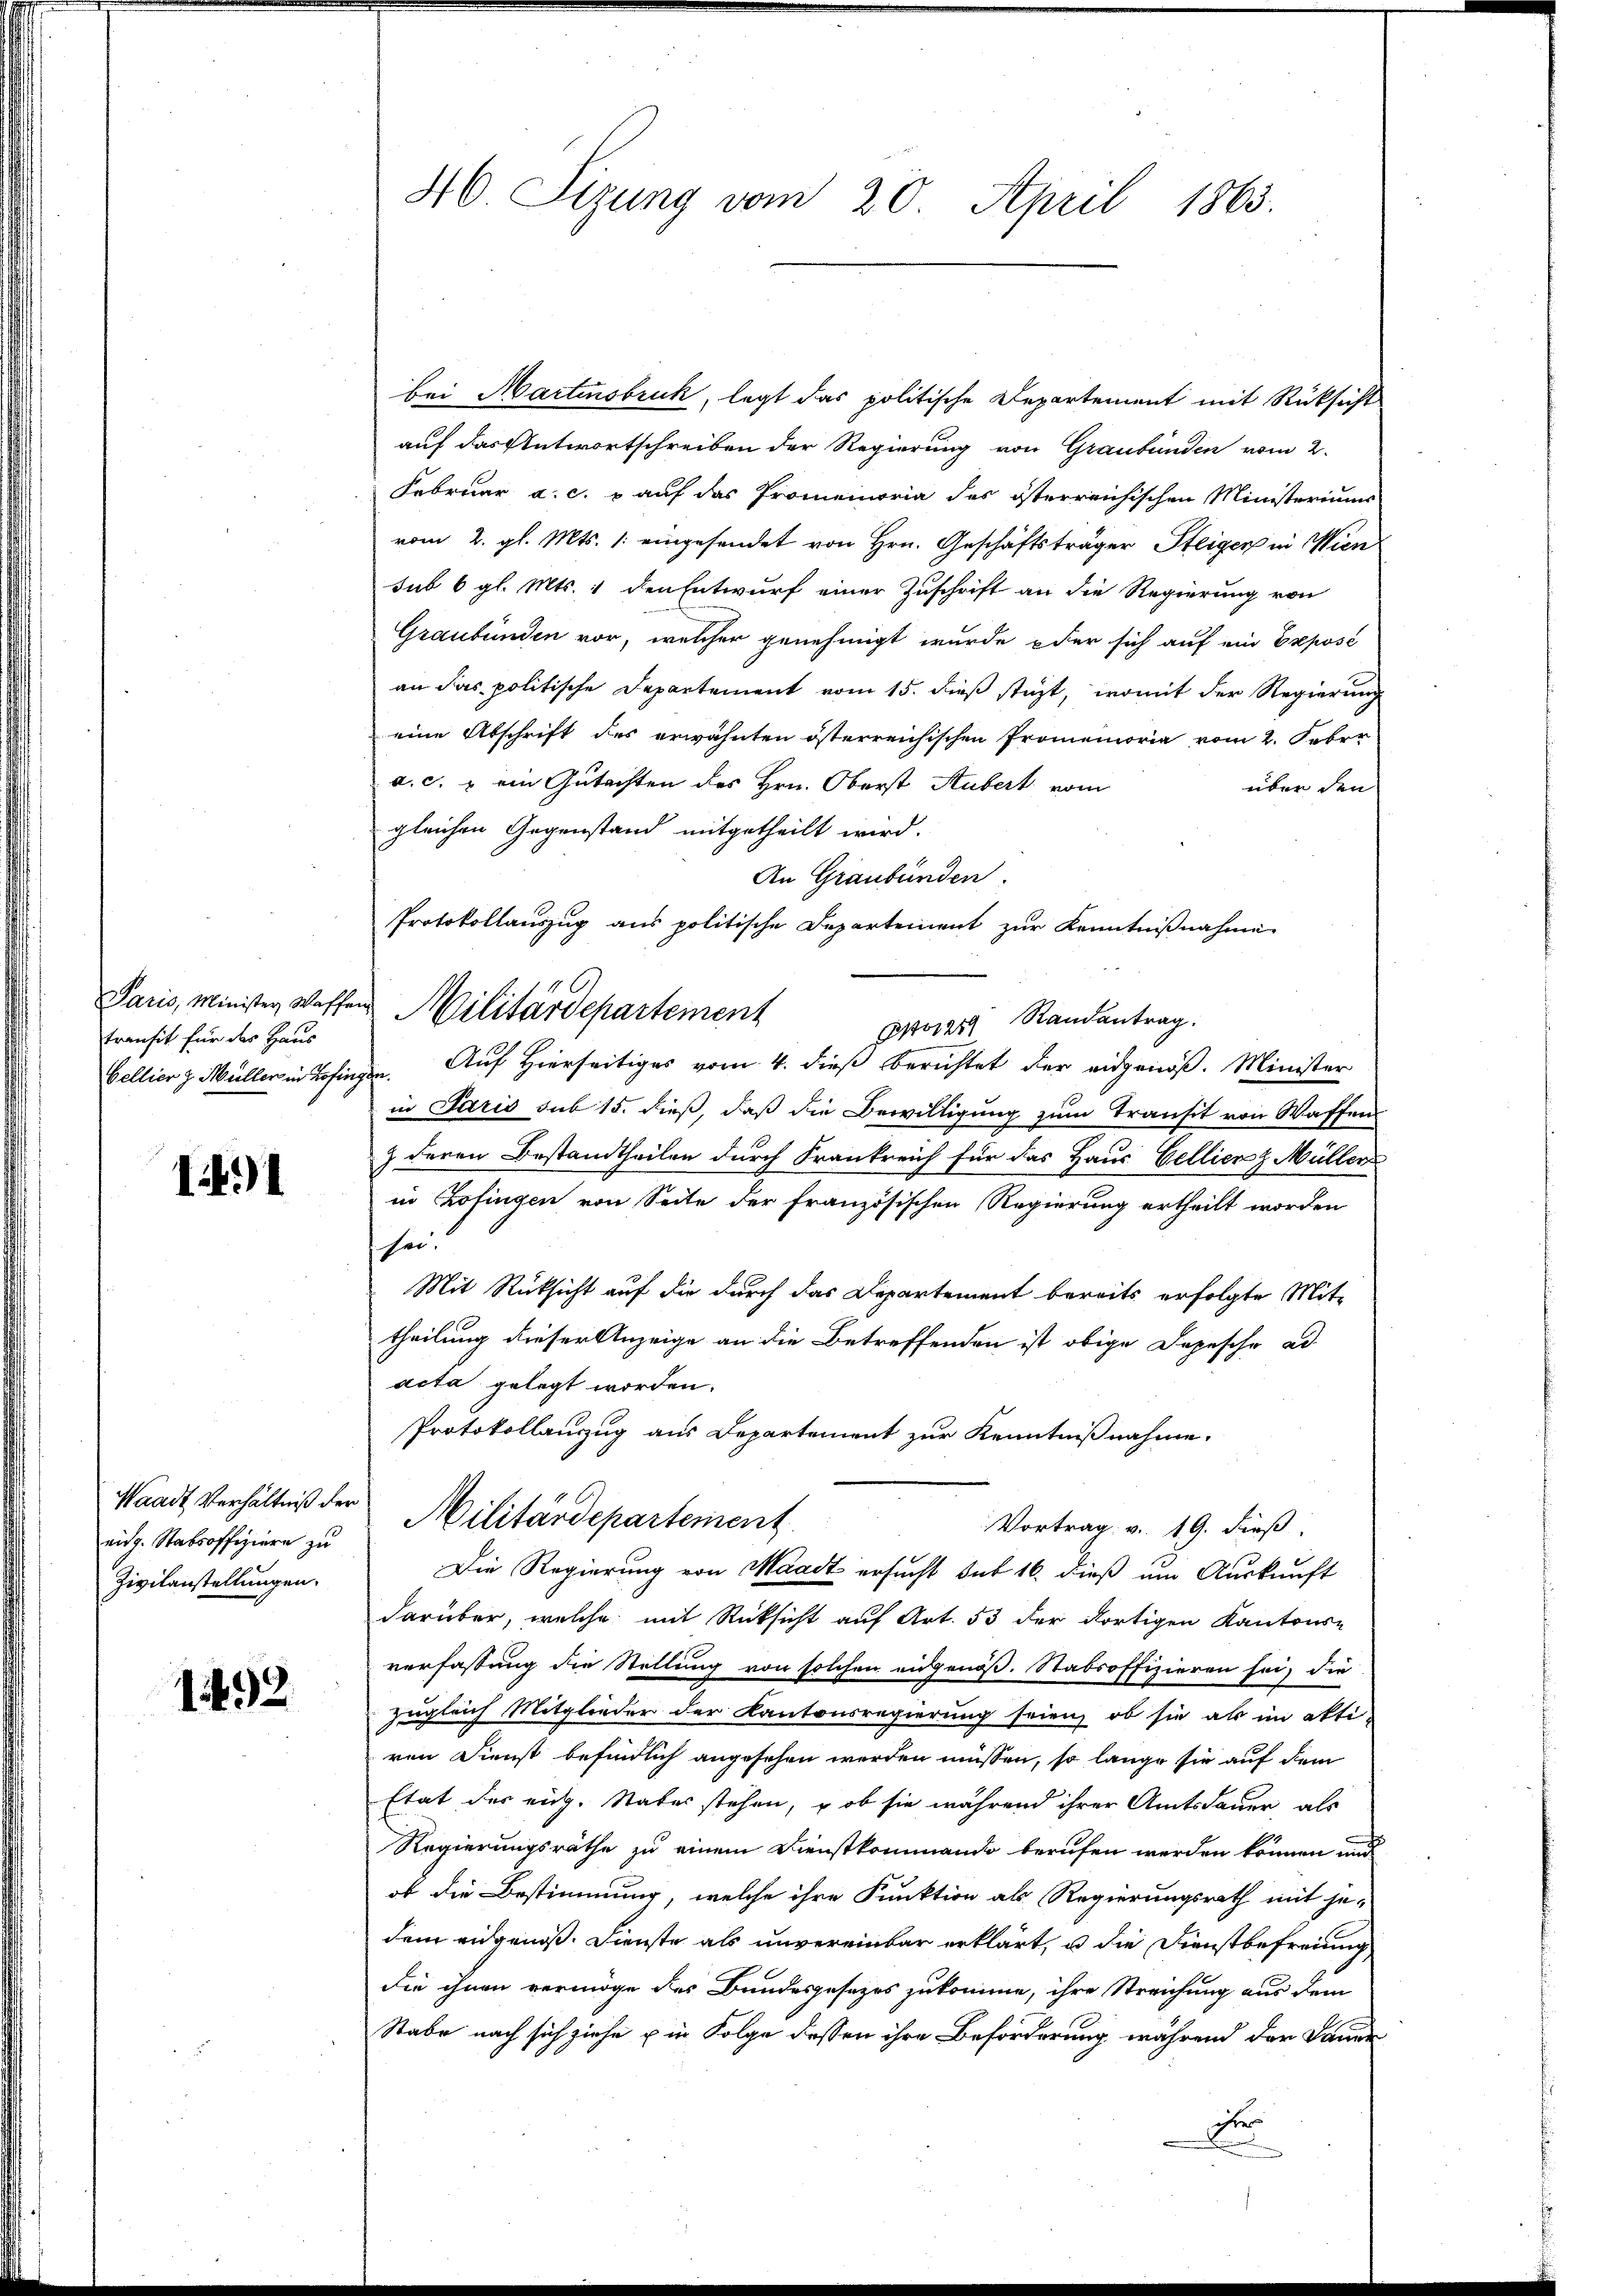
transit für das Haus

141

Waadt, Verhältniß der
eidg. Stabsoffiziere zu
Zivilanstellungen.

1492

46. Sizung vom 20. April 1863.

bei Martensbruck, legt das politische Departement mit Rücksicht
auf das Antwortschreiben der Regierung von Graubünden vom 2.
Februar a. c. auf das Promemoria des österreichischen Ministeriums
vom 2. gl. Mts. /: eingesendet von Hrn. Geschäftsträger Steiger in Wien
sub 6 gl. Mts. 1 den Entwurf einer Zuschrift an die Regierung von
Graubünden vor, welcher genehmigt wurde oder sich auf ein Exposé
an das politische Departement vom 15. dieß stüzt, womit der Regierung
eine Abschrift des erwähnten österreichischen Promemoria vom 2. Feber
a. c. ein Gutachten des Hrn. Oberst Hubert vom
über den
gleichen Gegenstand mitgetheilt wird.
An Graubünden.
Protokollauszug aus politische Departement zur Kenntnißnahme
Paris, Minister Waffen Militärdepartement
Porze Randantrag.
bellier z. Müller in Zofingen. Auf Hierseitiges vom 4. dieß berichtet der eidgenöß. Minister
in Paris sub 15. dieß, daß die Bewilligung zum Transit von Waffen
3 deren Bestandtheilen durch Frankreich für das Haus Bellienz Müller
in Zofingen von Seite der französischen Regierung ertheilt worden
sei.
Mit Rücksicht auf die durch das Departement bereits erfolgte Mittheilung dieser Anzeige an die Betreffenden ist obige Depesche ad
acta gelegt worden.
Protokollauszug aus Departement zur Kenntnißnahme.
Militärdepartement
Vortrag v. 19. dieß.
Die Regierung von Waadt ersucht sub 16. dieß um Auskunft
darüber, welche mit Rücksicht auf Art. 53 der dortigen Kantons-
verfassung die Stellung von solchen eidgenöß. Stabsoffizieren sei, die
zugleich Mitglieder der Kantonsregierung seien, ob sie als im akti-
ren Dienst befindlich angesehen werden müssen, so lange sie auf dem
Etat der eig. Naters stehen, ob sie während ihrer Amtsdauer, als
Regierungsräthe zu einem Dienstkommando berufen werden können und
ob die Bestimmung, welche ihre Funktion als Regierungsrath mit je-
dem eidgenoß. Dienste als unvereinbar erklärt, u die Dienstbefreiung
die ihnen vermöge des Bundesgesetzes zukomme, ihre Streichung aus dem
Stabe nach sich ziehe u in Folge dessen ihre Beförderung während der Bande
ihres
2